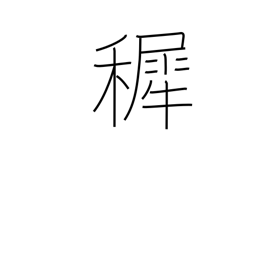
Meaning: infancy